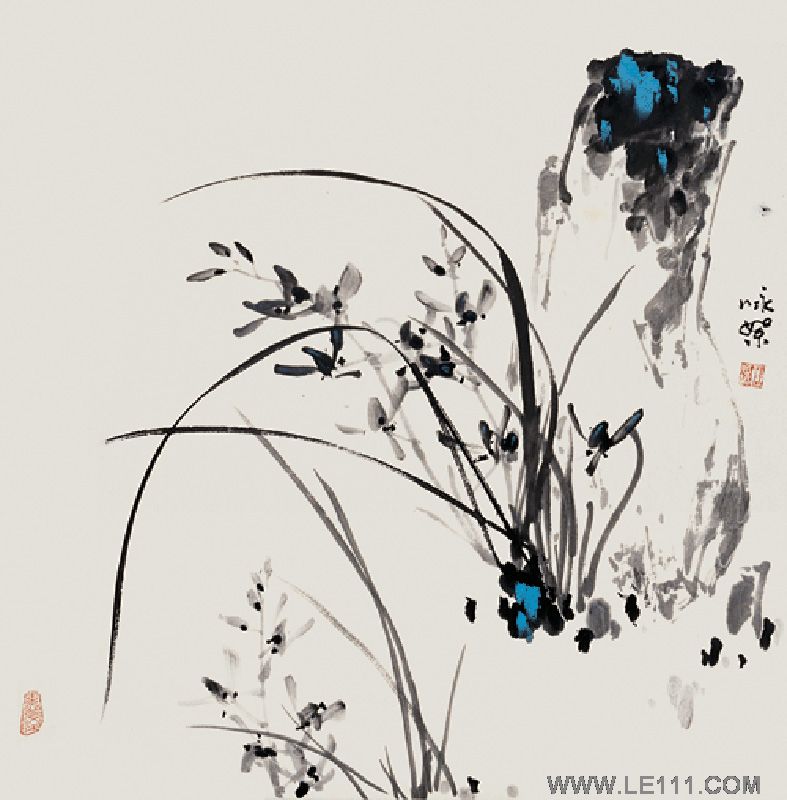
梅似雪，柳如丝。试听别语慰相思。